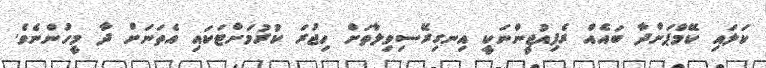
ކަލައި ކޭމްޕަށްދާ ބައެއް ރެފިއުޖީންނަކީ އިނގިރޭސިވިލާތަށް ހިޖުރަ ކުރުމަށްޓަކައި އެތަަނަށް ދާ މީހުންނެވެ.